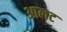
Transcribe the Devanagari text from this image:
आलट